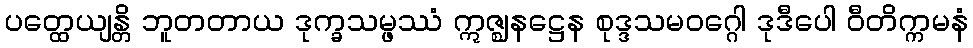
ပတ္ထေယျန္တိ ဘူတတာယ ဒုက္ခသမ္ဖဿံ ဣဇ္ဈနဋ္ဌေန စုဒ္ဒသမဝဂ္ဂေါ ဒုဒီပေါ ဝီတိက္ကမနံ